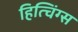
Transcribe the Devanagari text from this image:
हित्चिंग्स